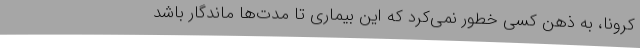
کرونا، به ذهن کسی خطور نمی‌کرد که این بیماری تا مدت‌ها ماندگار باشد